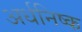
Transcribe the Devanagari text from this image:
अर्धनिष्क